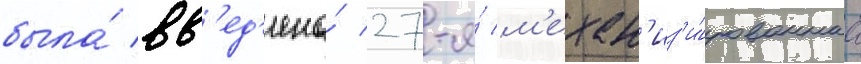
была́ вв'ед'ена́ 27-я́ м'ехан'из'и́рованнаа